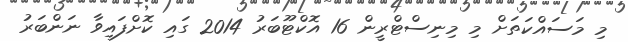
މި މަސައްކަތަށް މި މިނިސްޓްރީން 16 އޮކްޓޫބަރު 2014 ގައި ކޮށްފައިވާ ނަންބަރު